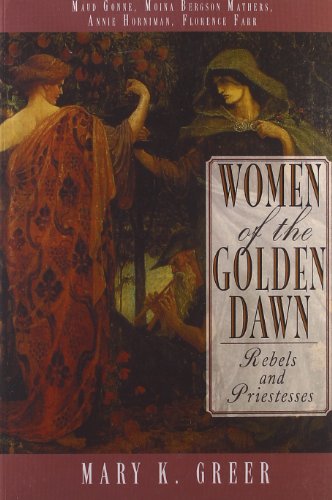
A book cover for Women of the Golden Dawn: Rebels and Priestesses: Maud Gonne, Moina Bergson Mathers, Annie Horniman, Florence Farr; Mary K. Greer; Religion & Spirituality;